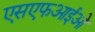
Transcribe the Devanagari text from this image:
एसएफआईओ